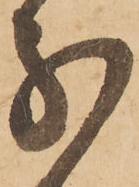
分